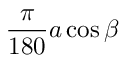
{ \frac { \pi } { 1 8 0 } } a \cos \beta \,